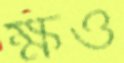
ক্ষও